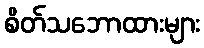
စိတ်သဘောထားများ